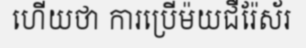
ហើយថា ការប្រើម៉យជឺរ៉ែស័រ